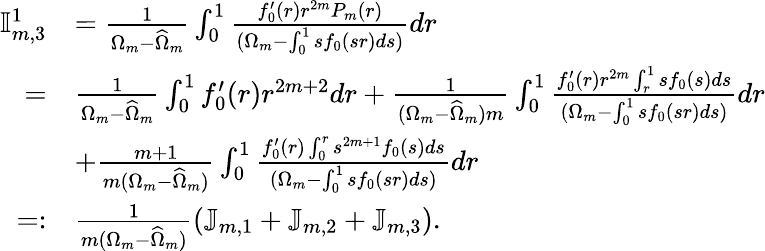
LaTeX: \begin{array}{rl}{\mathbb{I}_{m,3}^{1}}&{=\frac{1}{\Omega_{m}-\widehat{\Omega}_{m}}\int_{0}^{1}\frac{f_{0}^{\prime}(r)r^{{2m}}P_{m}(r)}{(\Omega_{m}-\int_{0}^{1}sf_{0}(sr)ds)}dr}\\ {=}&{\frac{1}{\Omega_{m}-\widehat{\Omega}_{m}}\int_{0}^{1}{f_{0}^{\prime}(r)}r^{2m+2}dr+\frac{1}{(\Omega_{m}-\widehat{\Omega}_{m})m}\int_{0}^{1}\frac{f_{0}^{\prime}(r)r^{2m}\int_{r}^{1}sf_{0}(s)ds}{(\Omega_{m}-\int_{0}^{1}sf_{0}(sr)ds)}dr}\\ &{+\frac{m+1}{m(\Omega_{m}-\widehat{\Omega}_{m})}\int_{0}^{1}\frac{f_{0}^{\prime}(r)\int_{0}^{r}s^{2m+1}f_{0}(s)ds}{(\Omega_{m}-\int_{0}^{1}sf_{0}(sr)ds)}dr}\\ {=:}&{\frac{1}{m(\Omega_{m}-\widehat{\Omega}_{m})}\left(\mathbb{J}_{m,1}+\mathbb{J}_{m,2}+\mathbb{J}_{m,3}\right).}\end{array}